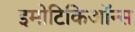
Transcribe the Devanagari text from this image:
इमोटिकिऑन्स